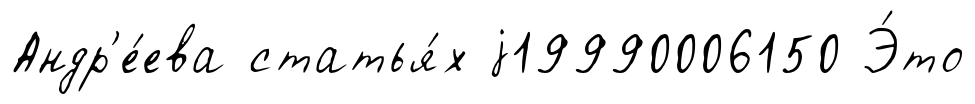
Андр'е́ева статья́х j19990006150 Э́то